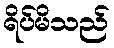
ရိပ်မိသည်